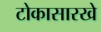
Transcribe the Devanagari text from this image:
टोकासारखे